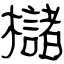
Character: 櫧